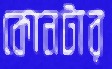
কোনটার